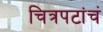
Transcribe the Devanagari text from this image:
चित्रपटांचं